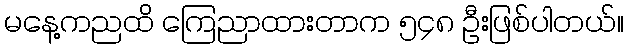
မနေ့ကညထိ ကြေညာထားတာက ၅၄၈ ဦးဖြစ်ပါတယ်။